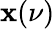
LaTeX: \mathbf{x}(\nu)